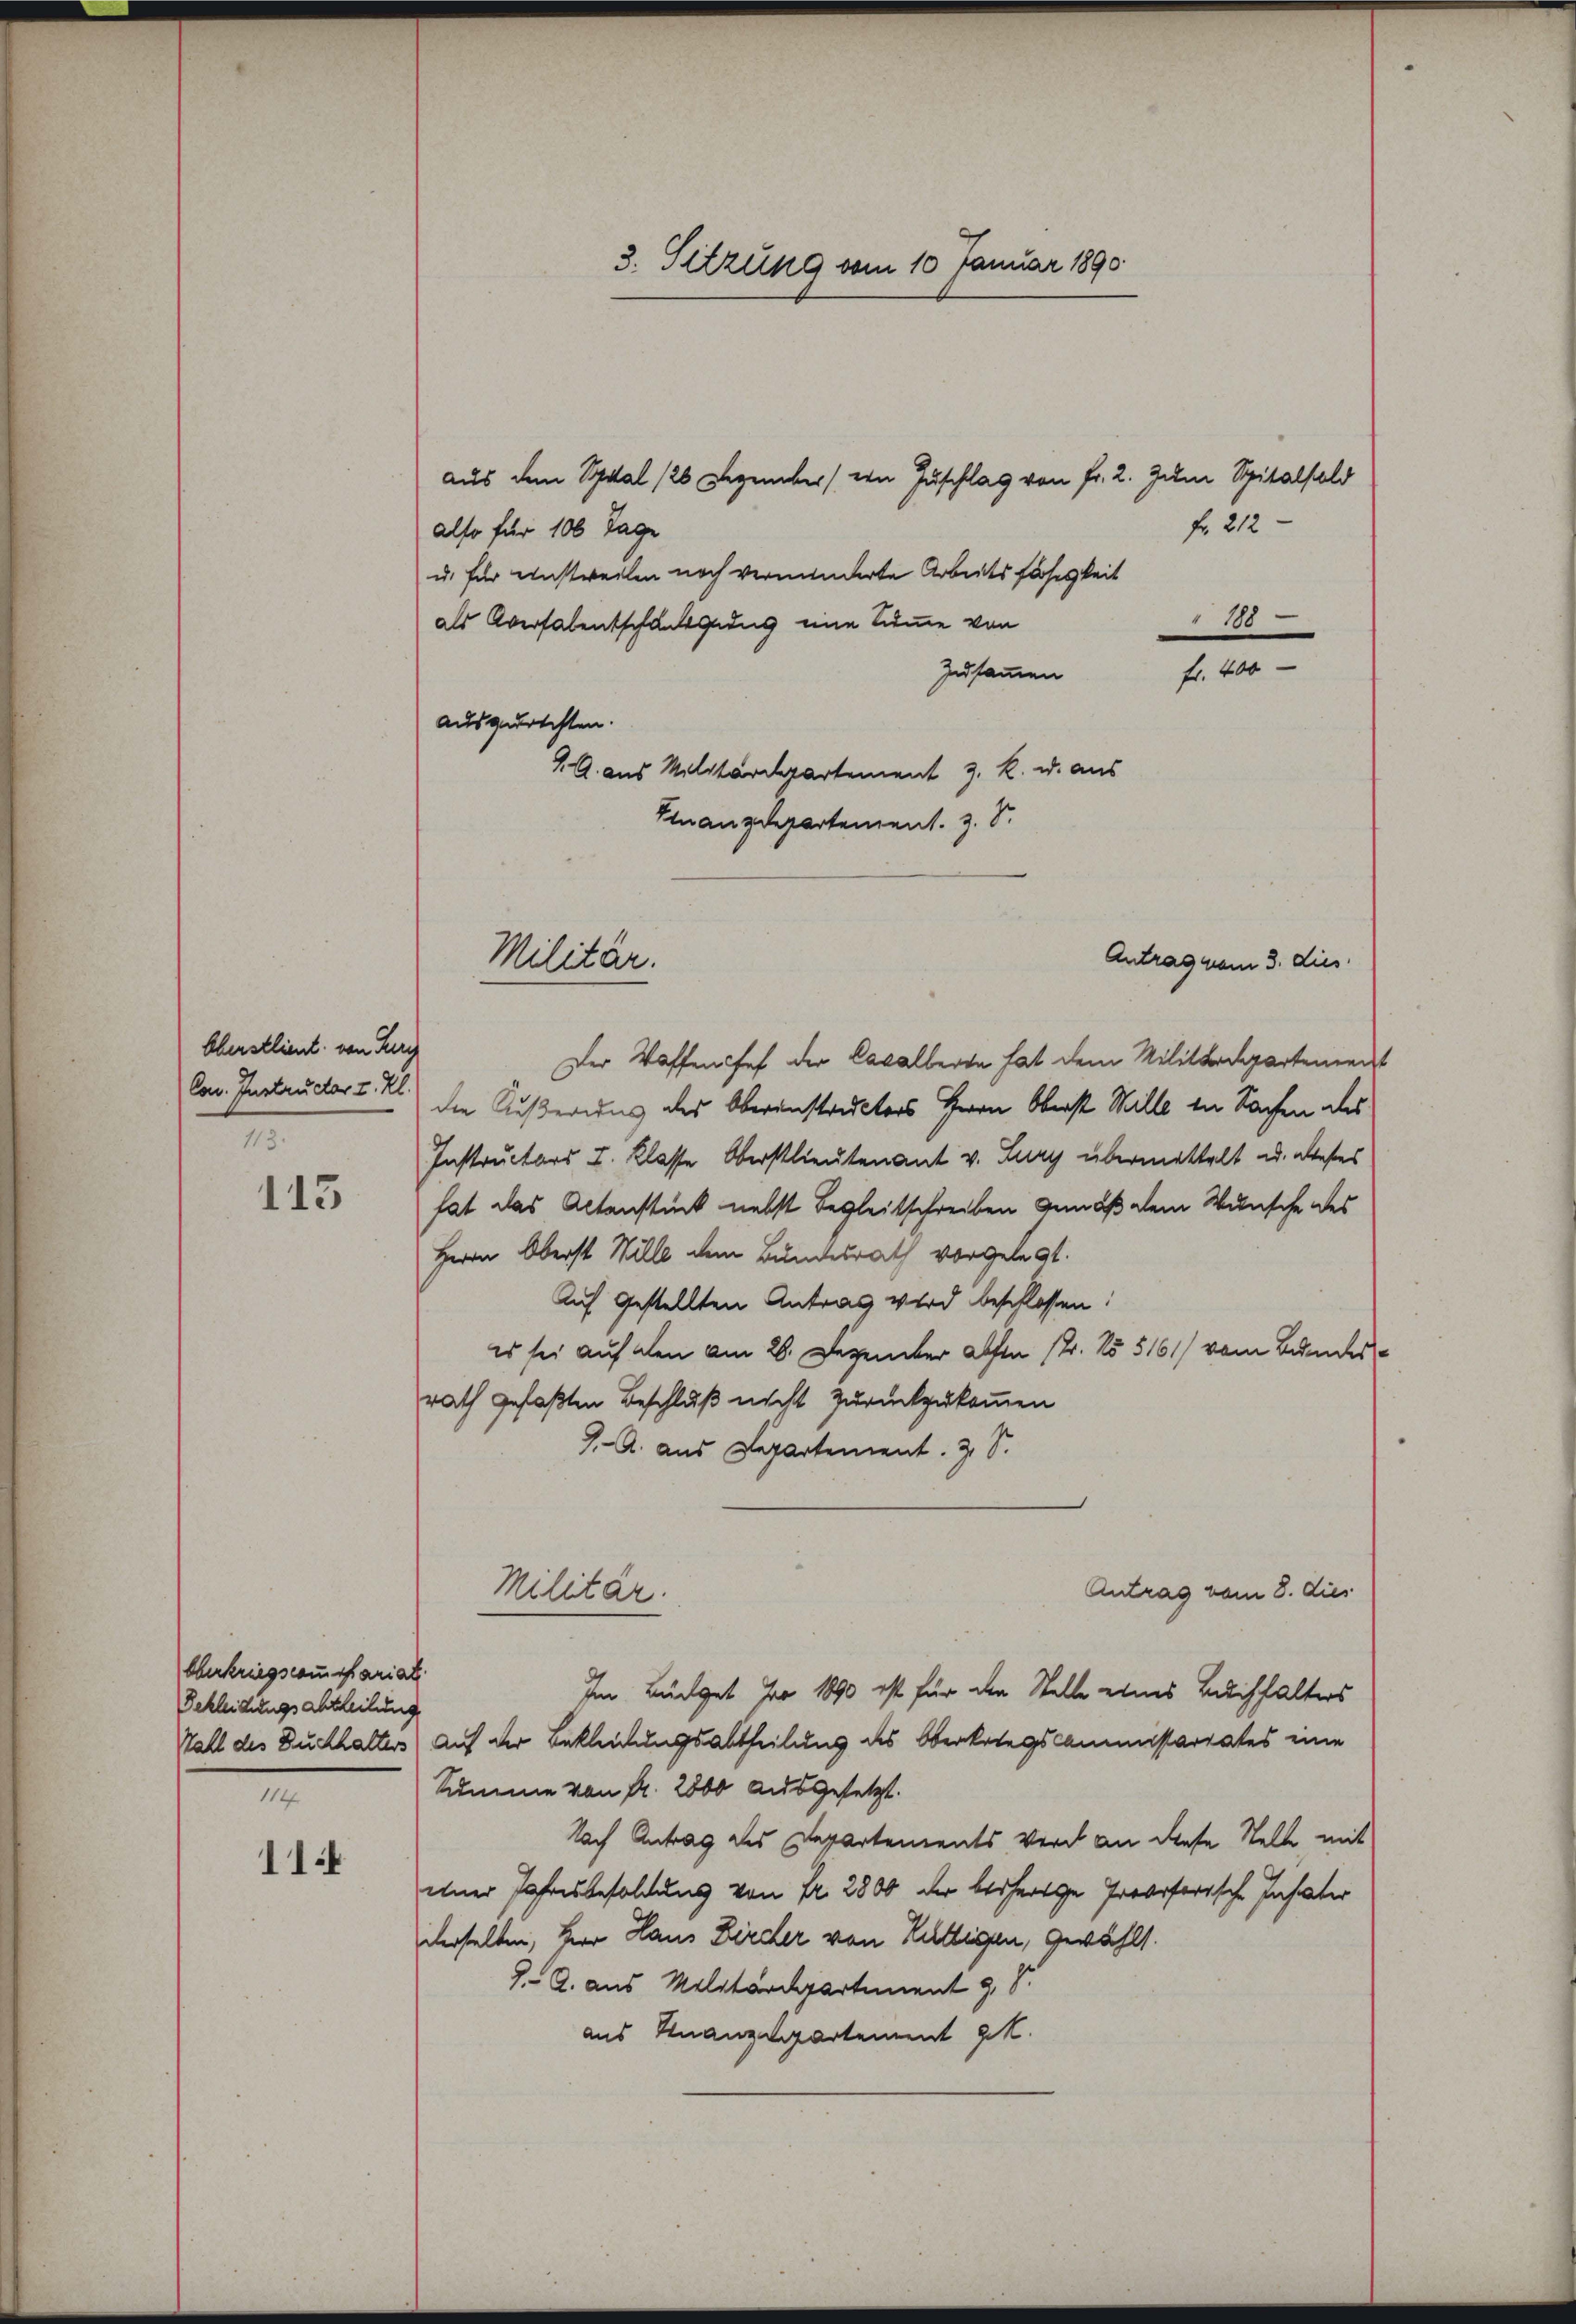
Oberstlieut. von Furch
113.

113

Oberkriegscommißariat
Bekleichungsabtheilung
114

114

Antrag vom 3. dies
Der Waffenses der Cavalleren hat dem Militärdepartement
Can. Instrucker z. B. die Äußerung des Obereinstructors Herrn Oberst Wille in Sachen des
Instructors I. Klasse Oberstlieutenant v. Lury übermittelt u. dieses
hat das Altenstück nebst Begleitschreiben gemäß dem Wunsche des
Herrn Oberst Wille dem Bundesrath vorgelegt.
Auf gestellten Antrag wird beschlossen:
es sei auf den am 26. Dezember abste 12. No 5161/ vom Bundesrath gefaßten Beschluß nicht zurückzukommen
J. A. aus Departement. 3, S.
Antrag vom 8. dies
Militär.
Im Büdget pro 1890 ist für den Stelle eines Buchhalters
Rall des Buchhalters auf der Bekleidungsabtheilung des Oberkriegscommissariates eine
Summe von Fr. 2800 ausgesetzt.
Nach Antrag des Departements wird an diese Stelle, mit
einer Jahresbesoldung von Fr. 2800 der besherige Provisorische Instater
derselben, Herr Haus Bircher von Rüttigen, gewählt.
9. A. aus Militärdepartement z. S.
aus Finanzdepartement gek

also für 100 Tage
u. für einstweilen noch verminderte Arbeitsfähigkeit
 100
als Aversalentschangedus eine Summe von
fr. 400
Zusammen
ausgerichten.
A. aus Militärdepartement 3. k. u. aus
Finanzdepartement. z. S.

3. Sitzung vom 10 Januar 1890

Militär.

aus dem Spital 126 Dezember (ein Zuschlag von Fr. 2. Zum Spitalsald

fr. 212 -